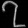
Digit: ၇